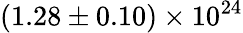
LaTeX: \mathrm{{(1.28\pm 0.10)\times 10^{24}}}